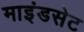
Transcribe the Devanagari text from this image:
माइंडसेट